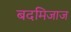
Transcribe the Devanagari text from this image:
बदमिजाज